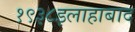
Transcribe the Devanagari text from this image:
१९३८इलाहाबाद